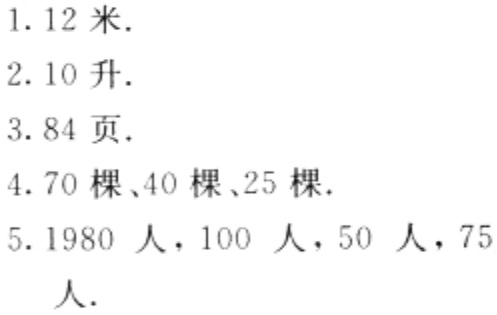
1. 12 米.

2. 10 升.

3. 84 页.

4. 70 棵、40 棵、25 棵.

5. 1980 人，100 人，50 人，75 人.